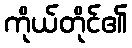
ကိုယ်တိုင်၏